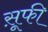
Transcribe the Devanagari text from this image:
स़ूफी